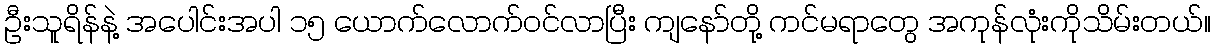
ဦးသူရိန်နဲ့ အပေါင်းအပါ ၁၅ ယောက်လောက်ဝင်လာပြီး ကျနော်တို့ ကင်မရာတွေ အကုန်လုံးကိုသိမ်းတယ်။